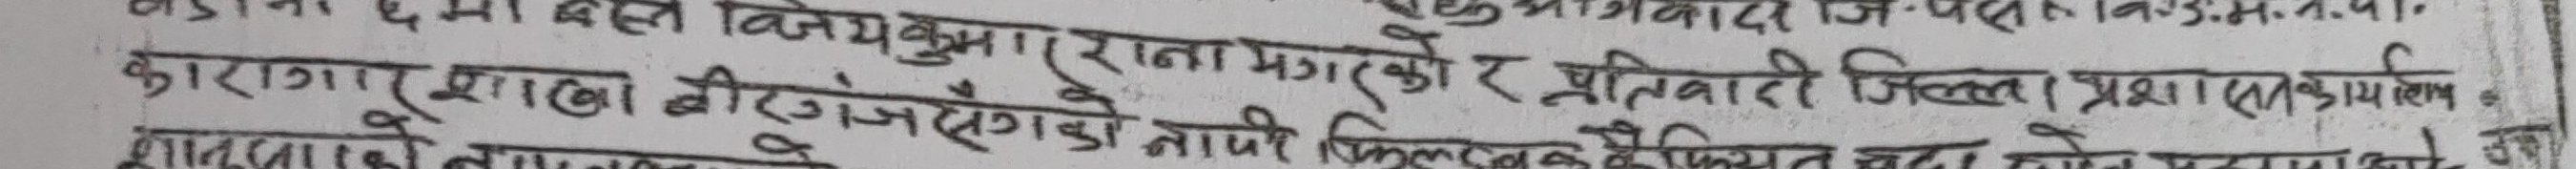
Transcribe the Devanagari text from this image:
विजयकुमार राना मगरको र प्रतिवादी जिल्ला प्रशासन कार्यालय